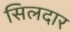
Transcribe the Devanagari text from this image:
सिलदार